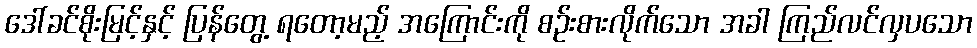
ဒေါ်ခင်စိုးမြင့်နှင့် ပြန်တွေ့ ရတော့မည့် အကြောင်းကို စဉ်းစားလိုက်သော အခါ ကြည်လင်လှပသော